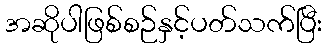
အဆိုပါဖြစ်စဉ်နှင့်ပတ်သက်ပြီး